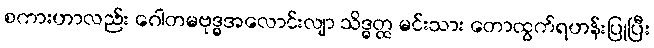
စကားဟာလည်း ဂေါတမဗုဒ္ဓအလောင်းလျာ သိဒ္ဓတ္ထ မင်းသား တောထွက်ရဟန်းပြုပြီး